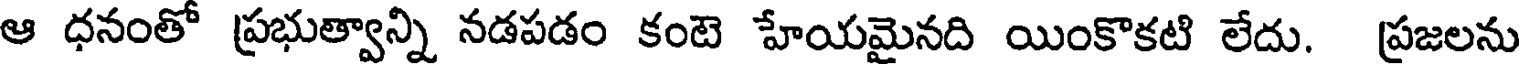
ఆ ధనంతో ప్రభుత్వాన్ని నడపడం కంటె హేయమైనది యింకొకటి లేదు. ప్రజలను